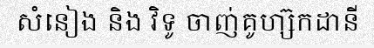
សំនៀង និង វិទូ ចាញ់គូហ្ស៊កដានី